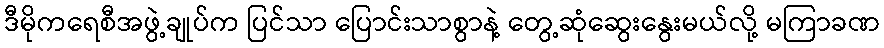
ဒီမိုကရေစီအဖွဲ့ချုပ်က ပြင်သာ ပြောင်းသာစွာနဲ့ တွေ့ဆုံဆွေးနွေးမယ်လို့ မကြာခဏ